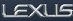
LEXUS